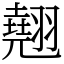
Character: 翹